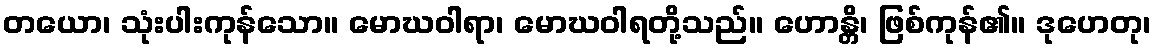
တယော၊ သုံးပါးကုန်သော။ မောဃဝါရာ၊ မောဃဝါရတို့သည်။ ဟောန္တိ၊ ဖြစ်ကုန်၏။ ဒုဟေတု၊